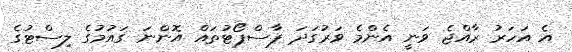
އެ އަހަރު ރާއްޖެ ވަނީ އެންމެ ވަރުގަދަ ޕާސްޕޯޓުތައް އޮންނަ ގައުމުގެ ލިސްޓުގެ